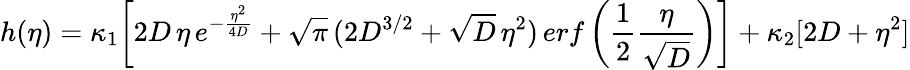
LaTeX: h(\eta)=\kappa_{1}\bigg[2D\, \eta\, e^{-\frac{\eta^{2}}{4D}}+\sqrt{\pi}\, (2D^{3/2}+\sqrt{D}\, \eta^{2})\, erf\left(\frac{1}{2}\frac{\eta}{\sqrt{D}}\right)\bigg]+\kappa_{2}[2D+\eta^{2}]